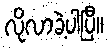
လိုလာခဲ့ပါပြီ။